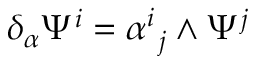
\delta _ { \alpha } \Psi ^ { i } = \alpha _ { \ j } ^ { i } \wedge \Psi ^ { j }